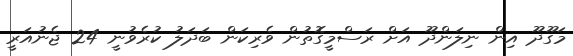
މަގޫދޫ އިން ނިލަންދޫ އަށް ރަސްމީގޮތުން ވެރިކަން ބަދަލު ކުރެވުނީ 24 ޖެނުއަރީ